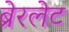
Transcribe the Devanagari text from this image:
ब्रेरलेट